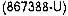
(867388-U)